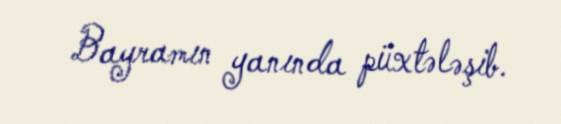
Bayramın yanında püxtələşib.